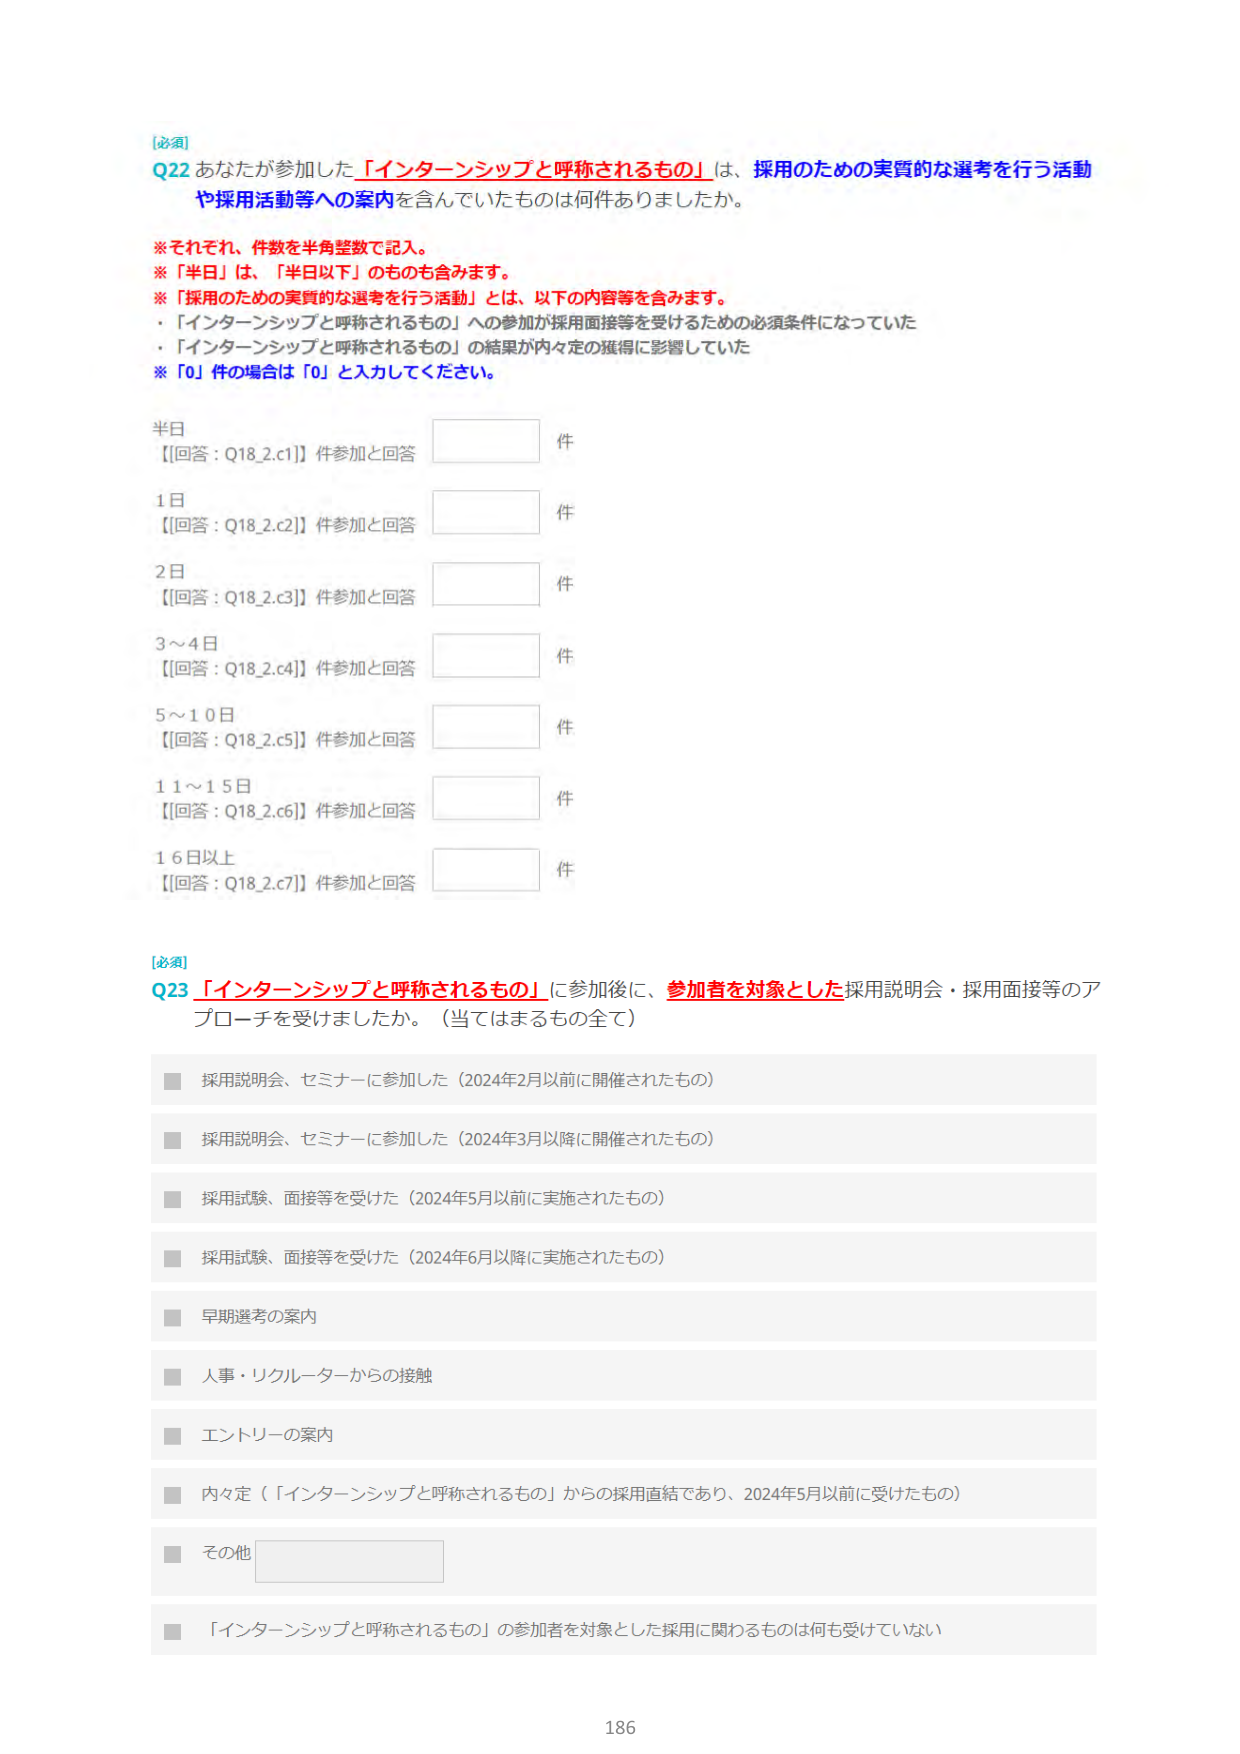
[必須]
Q22 あなたが参加した「インターンシップと呼称されるもの」は、採用のための実質的な選考を行う活動や採用活動等への案内を含んでいたものは何件ありましたか。

※それぞれ、件数を半角整数で記入。
※「半日」は、「半日以下」のものも含みます。
※「採用のための実質的な選考を行う活動」とは、以下の内容等を含みます。
・「インターンシップと呼称されるもの」への参加が採用面接等を受けるための必須条件になっていた
・「インターンシップと呼称されるもの」の結果が内々定の獲得に影響していた
※「0」件の場合は「0」と入力してください。

半日
【回答：Q18_2.c1】件参加と回答　　件

1日
【回答：Q18_2.c2】件参加と回答　　件

2日
【回答：Q18_2.c3】件参加と回答　　件

3～4日
【回答：Q18_2.c4】件参加と回答　　件

5～10日
【回答：Q18_2.c5】件参加と回答　　件

11～15日
【回答：Q18_2.c6】件参加と回答　　件

16日以上
【回答：Q18_2.c7】件参加と回答　　件

[必須]
Q23 「インターンシップと呼称されるもの」に参加後に、参加者を対象とした採用説明会・採用面接等のアプローチを受けましたか。（当てはまるもの全て）

■ 採用説明会、セミナーに参加した（2024年2月以前に開催されたもの）
■ 採用説明会、セミナーに参加した（2024年3月以降に開催されたもの）
■ 採用試験、面接等を受けた（2024年5月以前に実施されたもの）
■ 採用試験、面接等を受けた（2024年6月以降に実施されたもの）
■ 早期選考の案内
■ 人事・リクルーターからの接触
■ エントリーの案内
■ 内々定（「インターンシップと呼称されるもの」からの採用直結であり、2024年5月以前に受けたもの）
■ その他　　（空欄）
■ 「インターンシップと呼称されるもの」の参加者を対象とした採用に関わるものは何も受けていない

186